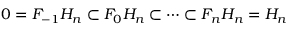
0 = F _ { - 1 } H _ { n } \subset F _ { 0 } H _ { n } \subset \dots \subset F _ { n } H _ { n } = H _ { n }